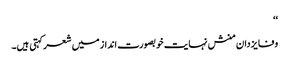
‘‘
وفا یزدان منش نہایت خوبصورت انداز میں شعرکہتی ہیں۔